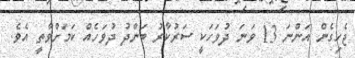
ޖެހިގެން އަންނަ 13 ވަނަ ދުވަހަކީ ސަރުކާރު ބަންދު ދުވަހެއް ކަމަށްވާތީ އެވެ.